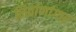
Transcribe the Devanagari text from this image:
निर्वाणांगार